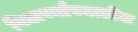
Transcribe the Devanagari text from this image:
विद्यार्थ्यांच्यातील